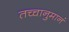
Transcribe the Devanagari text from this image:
तच्चानुमानं